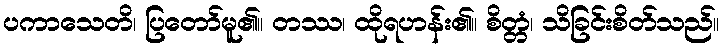
ပကာသေတိ၊ ပြတော်မူ၏။ တဿ၊ ထိုရဟန်း၏။ စိတ္တံ၊ သိခြင်းစိတ်သည်။